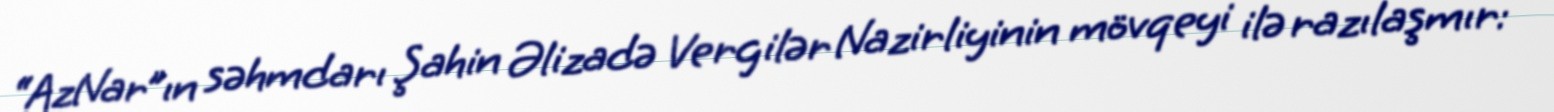
“AzNar”ın səhmdarı Şahin Əlizadə Vergilər Nazirliyinin mövqeyi ilə razılaşmır: